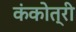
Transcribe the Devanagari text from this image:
कंकोत्री